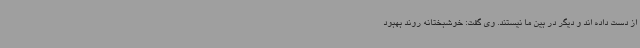
از دست داده اند و دیگر در بین ما نیستند. وی گفت: خوشبختانه روند بهبود